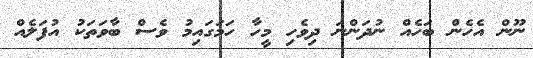
ނޫން އެހެން ބަހެއް ނުދަންނަ ދިވެހި މީހާ ހަމަގައިމު ވެސް ބާވަތަކު އުފަލެއް